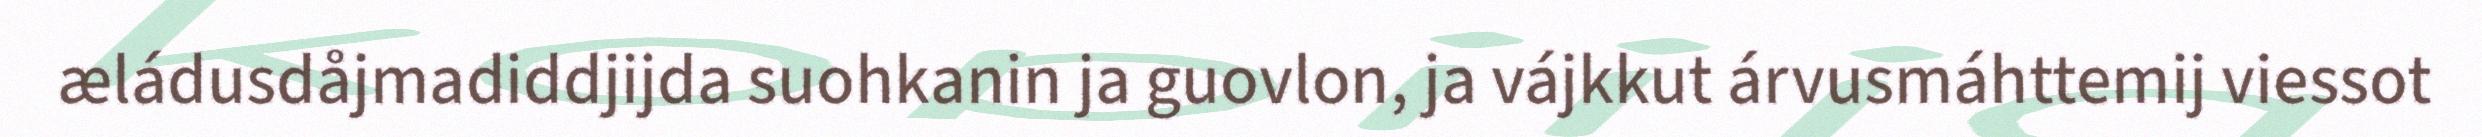
æládusdåjmadiddjijda suohkanin ja guovlon, ja vájkkut árvusmáhttemij viessot